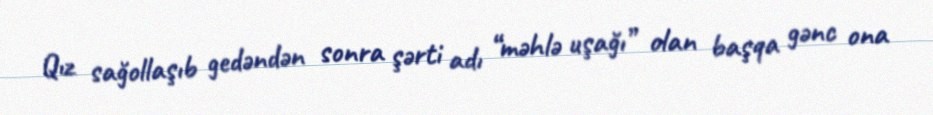
Qız sağollaşıb gedəndən sonra şərti adı “məhlə uşağı” olan başqa gənc ona